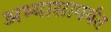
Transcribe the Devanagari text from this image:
अभ्यासापर्यंत